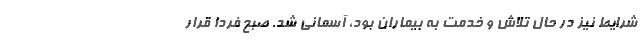
شرایط نیز در حال تلاش و خدمت به بیماران بود، آسمانی شد. صبح فردا قرار